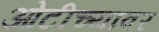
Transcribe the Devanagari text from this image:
ओटीच्यावर